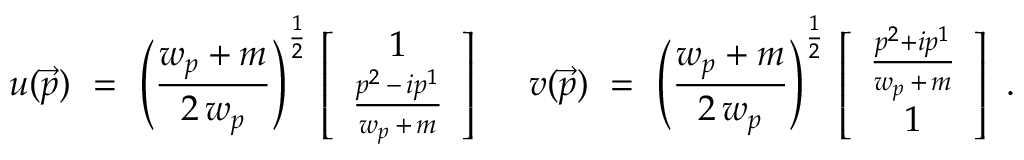
u ( \vec { p } ) \, \, = \, \, \left( \frac { w _ { p } + m } { 2 \, w _ { p } } \right) ^ { \frac { 1 } { 2 } } \, \left[ \begin{array} { c } { { 1 } } \\ { { \frac { p ^ { 2 } \, - \, i p ^ { 1 } } { w _ { p } \, + \, m } } } \end{array} \right] \, \, \quad v ( \vec { p } ) \, \, = \, \, \left( \frac { w _ { p } + m } { 2 \, w _ { p } } \right) ^ { \frac { 1 } { 2 } } \, \left[ \begin{array} { c } { { \frac { p ^ { 2 } + i p ^ { 1 } } { w _ { p } \, + \, m } } } \\ { { 1 } } \end{array} \right] \, \, .